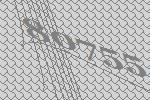
80755